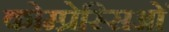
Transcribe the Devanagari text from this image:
कोम्प्रेस्सिओं